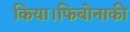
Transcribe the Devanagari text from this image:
किया।फिबोनाकी